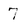
Character: 7